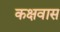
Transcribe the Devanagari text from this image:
कक्षवास